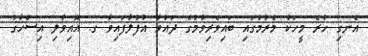
އެނގި ހުރެ މީހަކު މެރުމުގައި ބައިވެރިވުމުގެ ދައުވާ އުފުލާފައިވާ ގ. އޮއިވާލި އިސްހާގު